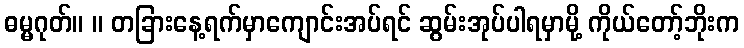
ဓမ္မဂုတ်။ ။ တခြားနေ့ရက်မှာကျောင်းအပ်ရင် ဆွမ်းအုပ်ပါရမှာမို့ ကိုယ်တော့်ဘိုးက